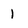
Character: 1